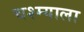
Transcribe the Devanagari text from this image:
चश्म्याला